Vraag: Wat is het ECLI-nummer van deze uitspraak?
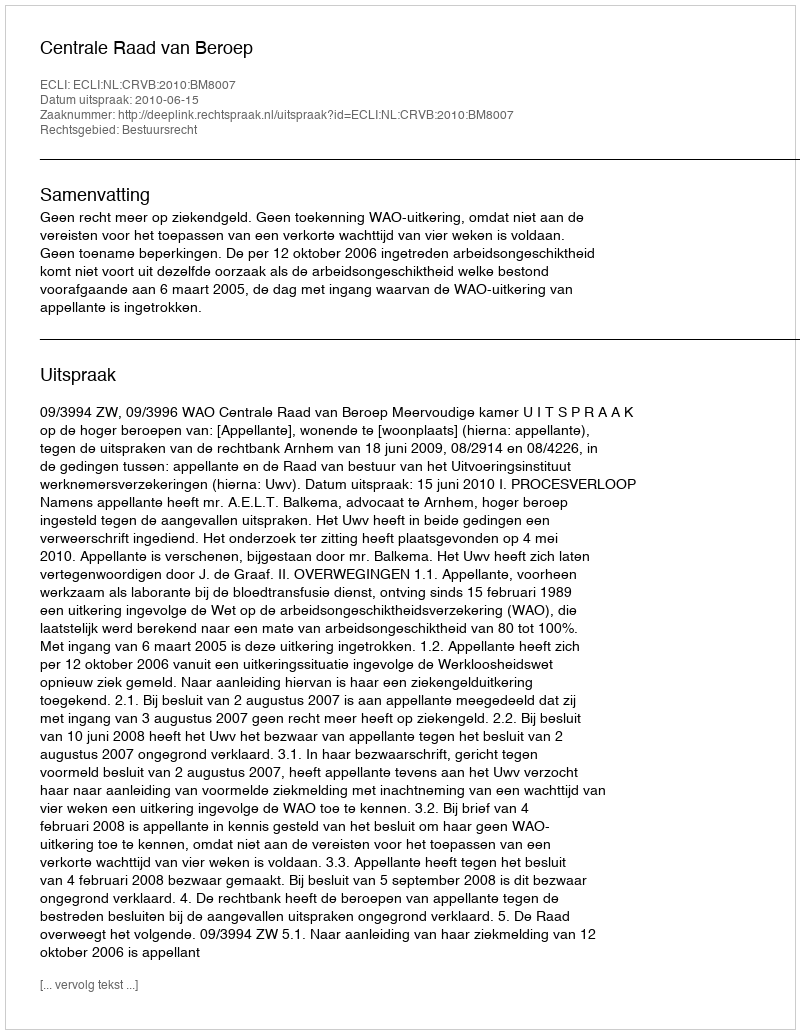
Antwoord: ECLI:NL:CRVB:2010:BM8007